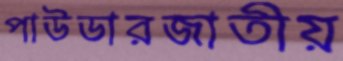
পাউডারজাতীয়